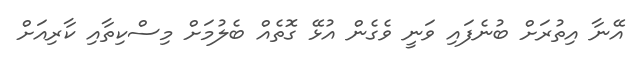
އޭނާ އިތުރަށް ބުނެފައި ވަނީ ވެގެން އުޅޭ ގޮތެއް ބެލުމަށް މިސްކިތާއި ކާރިއަށް